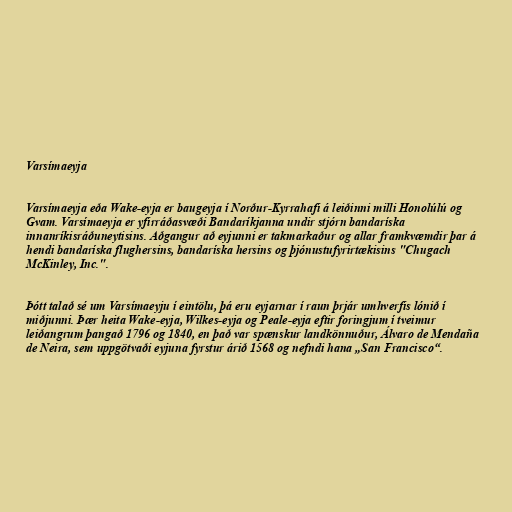
Varsímaeyja

Varsímaeyja eða Wake-eyja er baugeyja í Norður-Kyrrahafi á leiðinni milli Honolúlú og
Gvam. Varsímaeyja er yfirráðasvæði Bandaríkjanna undir stjórn bandaríska
innanríkisráðuneytisins. Aðgangur að eyjunni er takmarkaður og allar framkvæmdir þar á
hendi bandaríska flughersins, bandaríska hersins og þjónustufyrirtækisins "Chugach
McKinley, Inc.".

Þótt talað sé um Varsímaeyju í eintölu, þá eru eyjarnar í raun þrjár umhverfis lónið í
miðjunni. Þær heita Wake-eyja, Wilkes-eyja og Peale-eyja eftir foringjum í tveimur
leiðangrum þangað 1796 og 1840, en það var spænskur landkönnuður, Álvaro de Mendaña
de Neira, sem uppgötvaði eyjuna fyrstur árið 1568 og nefndi hana „San Francisco“.